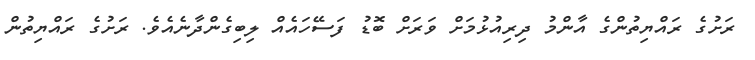
ރަށުގެ ރައްޔިތުންގެ އާންމު ދިރިއުޅުމަށް ވަރަށް ބޮޑު ފަސޭހައެއް ލިބިގެންދާނެއެވެ. ރަށުގެ ރައްޔިތުން